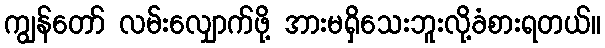
ကျွန်တော် လမ်းလျှောက်ဖို့ အားမရှိသေးဘူးလို့ခံစားရတယ်။